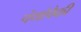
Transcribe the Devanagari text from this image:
पंथांपैकी